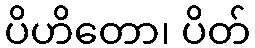
ပိဟိတော၊ ပိတ်